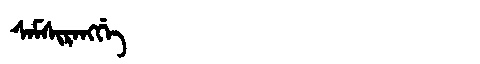
Manchu: ᠰᠠᠮᠰᡳᡵᠠᠩᡤᡝ
Romanization: SAMSIRANGGE